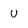
Character: U